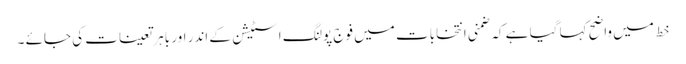
خط میں واضح کہا گیا ہے کہ ضمنی انتخابات میں فوج پولنگ اسٹیشن کے اندر اور باہر تعینات کی جائے ۔